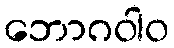
ဘောဂဝါဝ